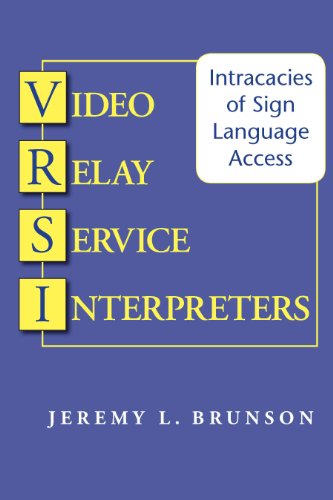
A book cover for Video Relay Service Interpreters: Intricacies of Sign Language Access (Gallaudet Studies In Interpret); Jeremy L. Brunson; Reference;